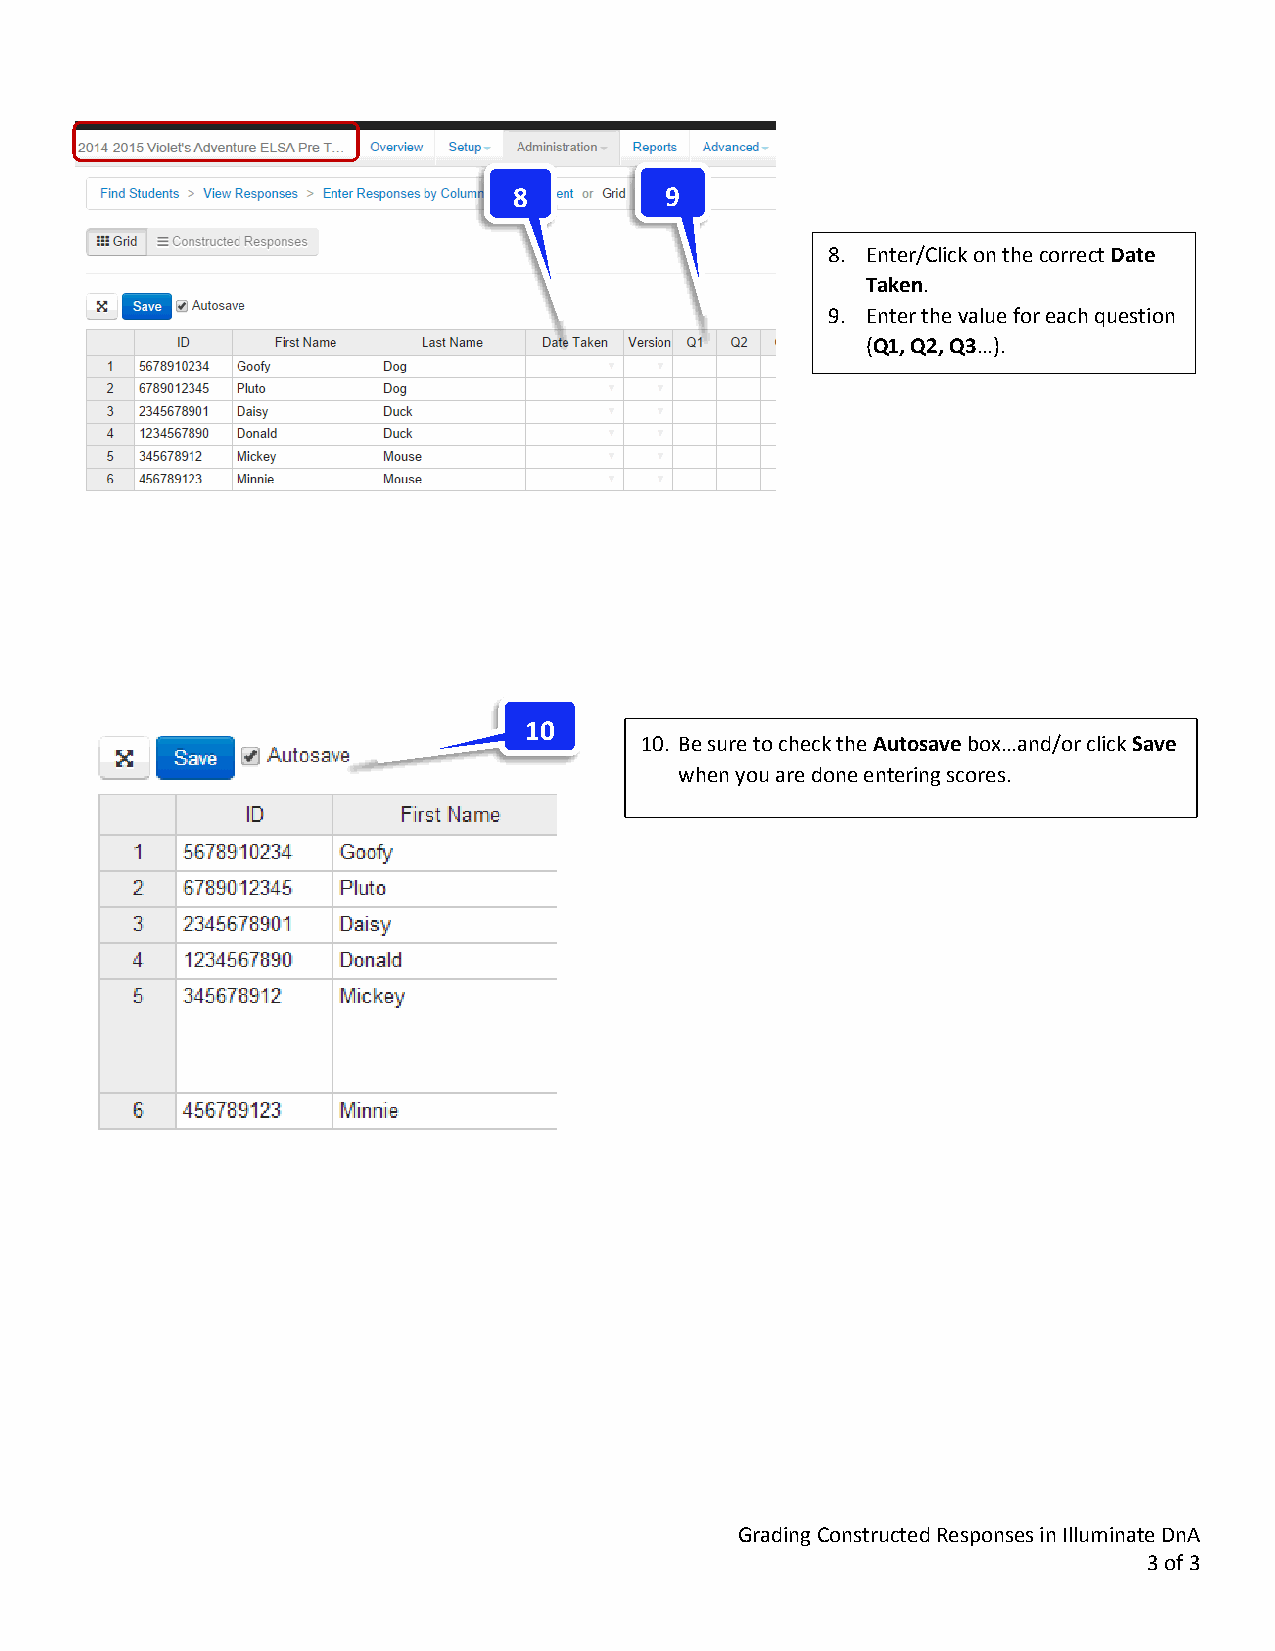
8         9
 8. Enter/Click on the correct Date
 Taken.
 9. Enter the value for each question
 (Q1, Q2, Q3…).
 10
 10. Be sure to check the Autosave box…and/or click Save
 when you are done entering scores.
 Grading Constructed Responses in Illuminate DnA
 3 of 3